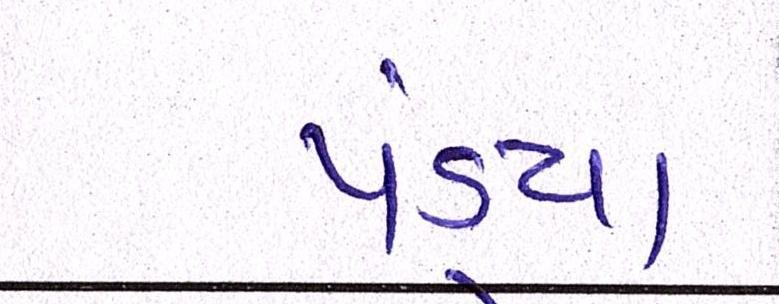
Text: પંડ્યા